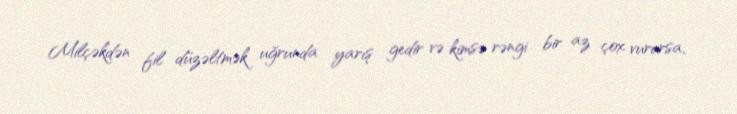
Milçəkdən fil düzəltmək uğrunda yarış gedir və kimsə rəngi bir az çox vurursa,